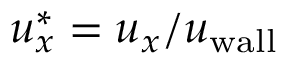
u _ { x } ^ { \ast } = u _ { x } / u _ { \mathrm { w a l l } }